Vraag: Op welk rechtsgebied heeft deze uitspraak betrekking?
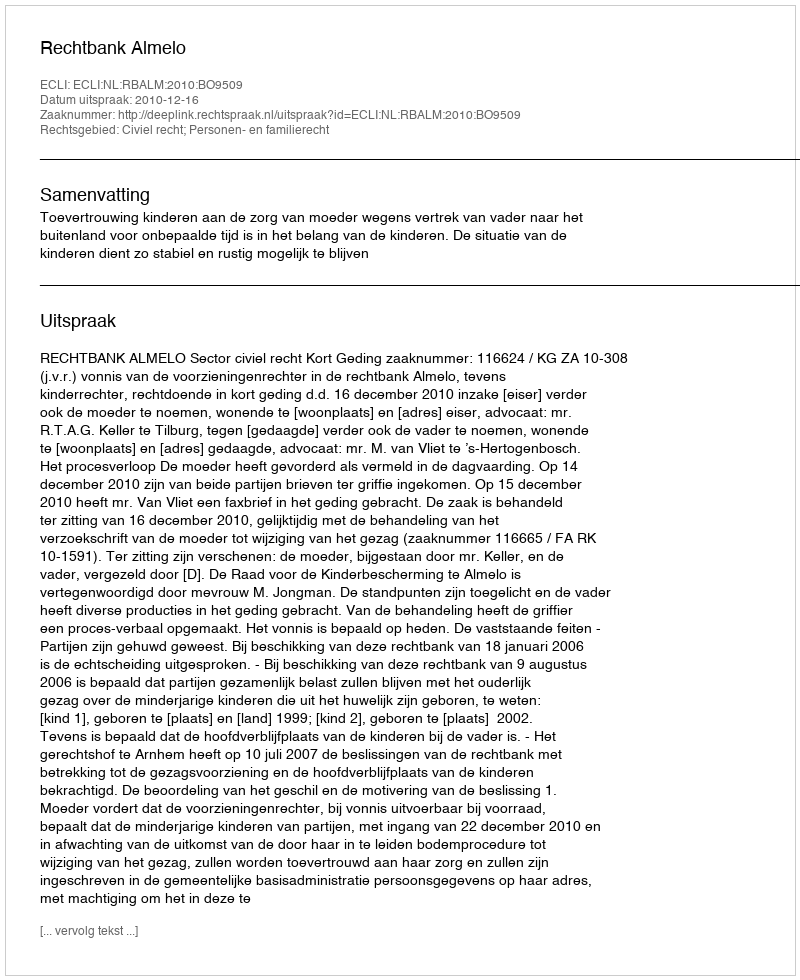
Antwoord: Civiel recht; Personen- en familierecht